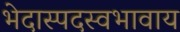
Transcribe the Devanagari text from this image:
भेदास्पदस्वभावाय